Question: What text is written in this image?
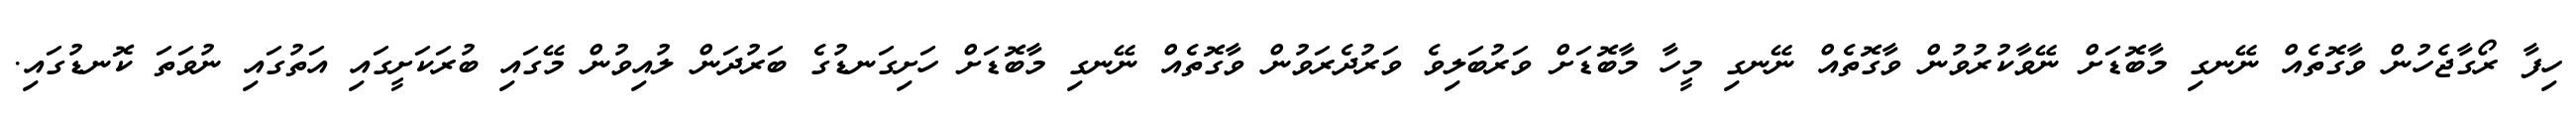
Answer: ހިފާ ރޯގާޖެހުން ވާގޮތެއް ނޭނގި މާބޮޑަށް ނޭވާކުރުވުން ވާގޮތެއް ނޭނގި މީހާ މާބޮޑަށް ވަރުބަލިވެ ވަރުދެރަވުން ވާގޮތެއް ނޭނގި މާބޮޑަށް ހަށިގަނޑުގެ ބަރުދަން ލުއިވުން މޭގައި ބުރަކަށީގައި އަތުގައި ނުވަތަ ކޮނޑުގައި.